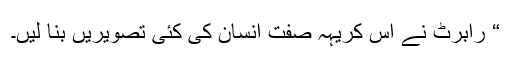
“ رابرٹ نے اس کریہہ صفت انسان کی کئی تصویریں بنا لیں۔